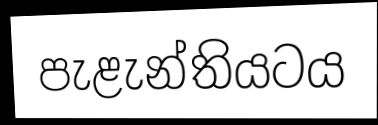
පැළැන්තියටය